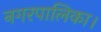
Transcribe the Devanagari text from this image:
नगरपालिका।